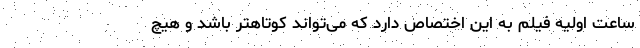
ساعت اولیه فیلم به این اختصاص دارد که می‌تواند کوتاهتر باشد و هیچ